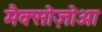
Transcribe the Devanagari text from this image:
मैक्सोज़ोआ